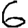
Digit: 6